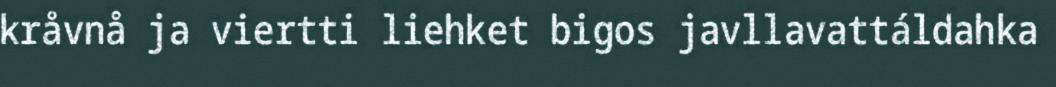
kråvnå ja viertti liehket bigos javllavattáldahka